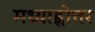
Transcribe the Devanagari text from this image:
मध्याह्नोत्तर